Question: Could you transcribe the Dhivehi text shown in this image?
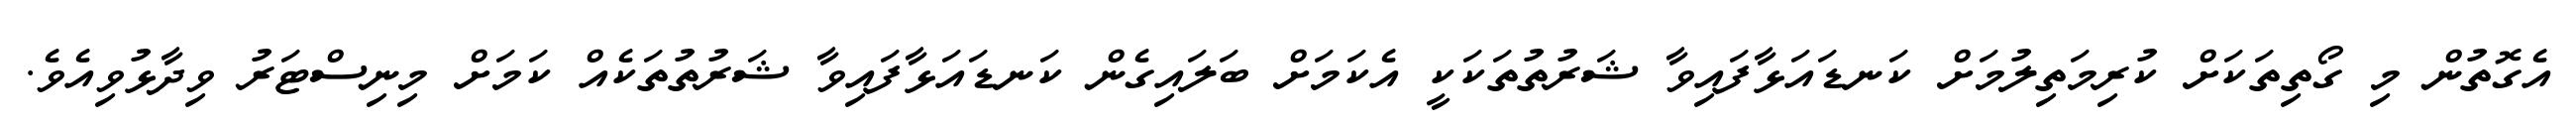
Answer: އެގޮތުން މި ގޯތިތަކަށް ކުރިމަތިލުމަށް ކަނޑައަޅާފައިވާ ޝަރުތުތަކަކީ އެކަމަށް ބަލައިގެން ކަނޑައަޅާފައިވާ ޝަރުތުތަކެއް ކަމަށް މިނިސްޓަރު ވިދާޅުވިއެވެ.